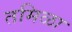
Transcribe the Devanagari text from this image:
तमिळा